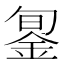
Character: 銞